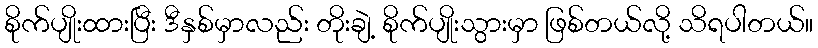
စိုက်ပျိုးထားပြီး ဒီနှစ်မှာလည်း တိုးချဲ့ စိုက်ပျိုးသွားမှာ ဖြစ်တယ်လို့ သိရပါတယ်။